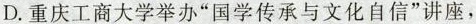
D. 重庆工商大学举办“国学传承与文化自信”讲座，